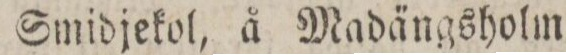
Smidjekol, å Madängsholm